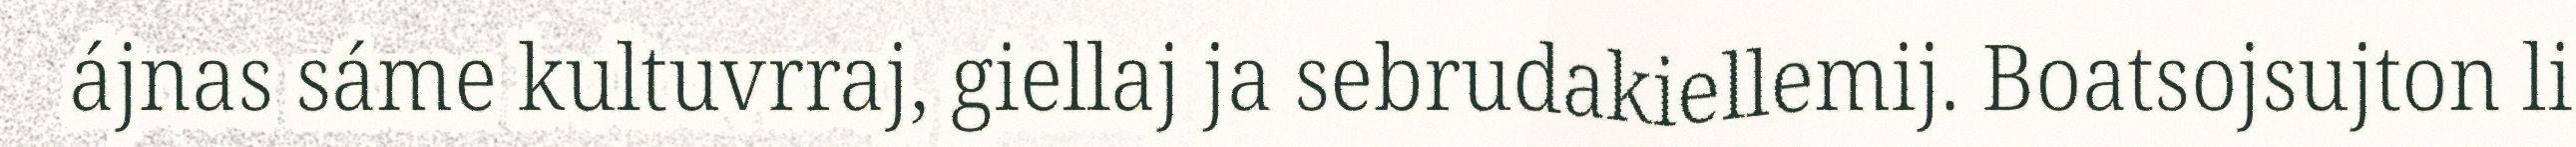
ájnas sáme kultuvrraj, giellaj ja sebrudakiellemij. Boatsojsujton li